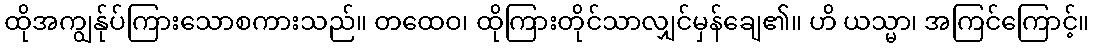
ထိုအကျွန်ုပ်ကြားသောစကားသည်။ တထေဝ၊ ထိုကြားတိုင်သာလျှင်မှန်ချေ၏။ ဟိ ယသ္မာ၊ အကြင်ကြောင့်။